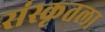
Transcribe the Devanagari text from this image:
संस्कृतला